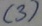
Text: (3)